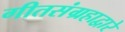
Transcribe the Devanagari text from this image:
गीतसंग्रहाद्वारे